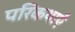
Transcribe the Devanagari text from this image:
परिकथाएँ